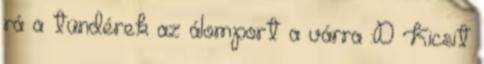
rá a tündérek az álomport a várra :D Kicsit